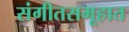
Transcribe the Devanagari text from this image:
संगीतसमूहात